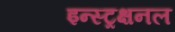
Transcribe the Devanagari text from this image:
इन्स्ट्रक्षनल